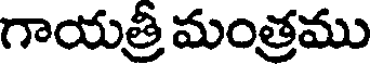
గాయత్రీ మంత్రము